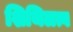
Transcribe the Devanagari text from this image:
शिथिलत्व